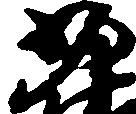
少